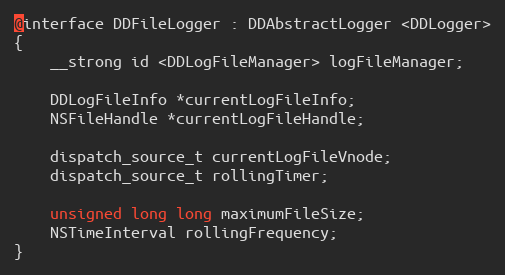
Language: C
@interface DDFileLogger : DDAbstractLogger <DDLogger>
{
    __strong id <DDLogFileManager> logFileManager;

    DDLogFileInfo *currentLogFileInfo;
    NSFileHandle *currentLogFileHandle;

    dispatch_source_t currentLogFileVnode;
    dispatch_source_t rollingTimer;

    unsigned long long maximumFileSize;
    NSTimeInterval rollingFrequency;
}